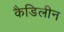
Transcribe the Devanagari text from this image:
कैडिलीन